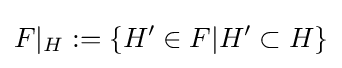
F|_{H}:=\{H'\in F|H'\subset H\}